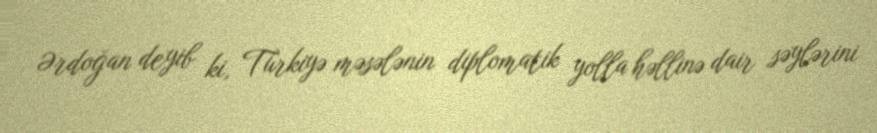
Ərdoğan deyib ki, Türkiyə məsələnin diplomatik yolla həllinə dair səylərini